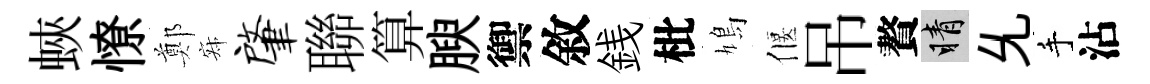
蛺憭鄭寂肇聯算腴禦敘銭枇鳩偃吊贅睛𠃔手沾